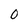
Character: O